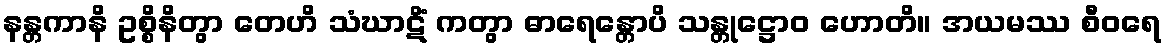
နန္တကာနိ ဥစ္စိနိတွာ တေဟိ သံဃာဋိံ ကတွာ ဓာရေန္တောပိ သန္တုဋ္ဌောဝ ဟောတိ။ အယမဿ စီဝရေ